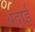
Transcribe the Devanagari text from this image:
अठ्ठाई